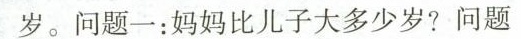
岁。问题1：妈妈比儿子大多少岁？问题